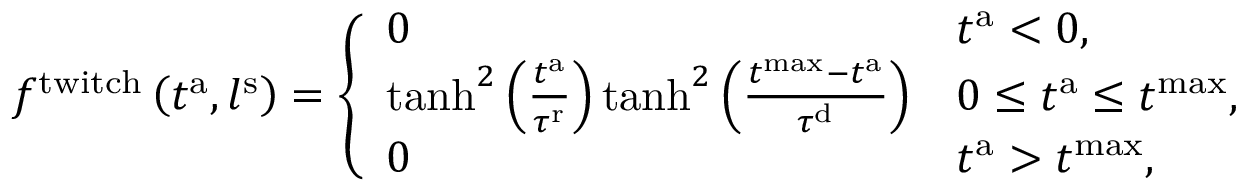
f ^ { \mathrm { t w i t c h } } \left( t ^ { \mathrm { a } } , l ^ { \mathrm { s } } \right) = \left\{ \begin{array} { l l } { 0 } & { t ^ { \mathrm { a } } < 0 , } \\ { \mathrm { t a n h } ^ { 2 } \left( \frac { t ^ { \mathrm { a } } } { \tau ^ { \mathrm { r } } } \right) \mathrm { t a n h } ^ { 2 } \left( \frac { t ^ { \mathrm { m a x } } - t ^ { \mathrm { a } } } { \tau ^ { \mathrm { d } } } \right) } & { 0 \leq t ^ { \mathrm { a } } \leq t ^ { \mathrm { m a x } } , } \\ { 0 } & { t ^ { \mathrm { a } } > t ^ { \mathrm { m a x } } , } \end{array} \right.